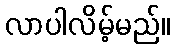
လာပါလိမ့်မည်။